Report on vaccination in Madras 1922-1929 - 1922-1929
Year: 1922
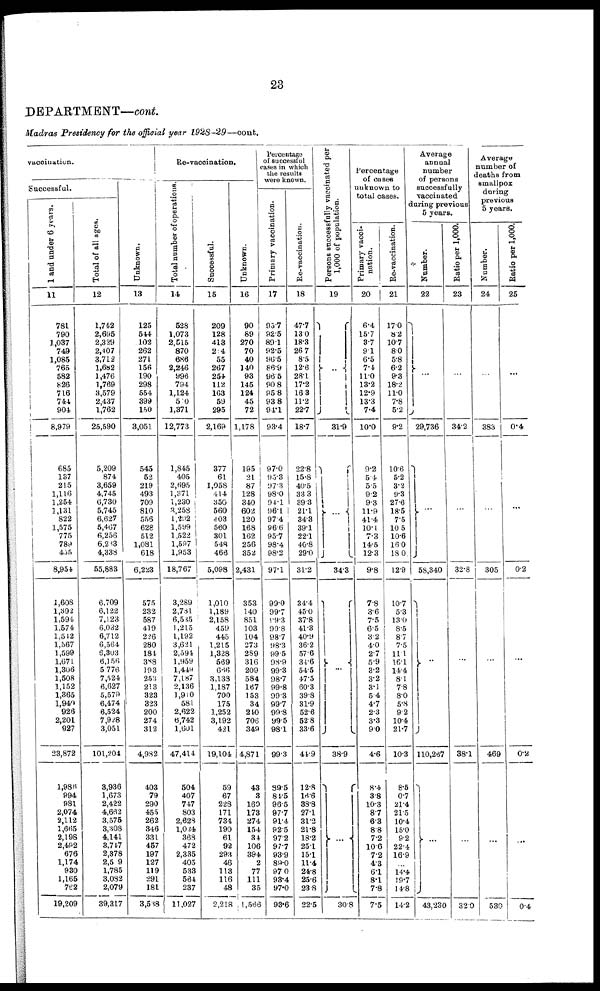
23
DEPARTMENT—cont.
Madras Presidency for the official year 1928-29—cont.
vaccination.
Successful.
1 and under 6 years.
11
781
790
1,037
749
1,085
765
582
826
716
744
904
8,979
685
137
215
1,116
1,254
1,131
822
1,575
775
789
455
8,954
1,608
1,392
1,594
1,574
1,512
1,567
1,599
1,671
1,306
1,508
1,152
1,365
1,940
926
2,201
927
23,872
1,986
994
981
2,074
2,112
1,665
2,198
2,492
676
1,174
930
1,165
762
19,209
Total of all ages.
12
1,742
2,695
2,329
2,407
3,712
l,682
1,476
1,769
3,579
2,437
1,762
25,590
5,209
874
3,659
4,745
6,730
5,745
6,627
5,467
6,256
6,203
4,338
55,883
6,709
6,122
7,123
6,032
6,712
6,564
6,303
6,156
5,776
7,524
6,627
5,579
6,474
6,524
7,928
3,051
101,204
3,936
1,673
2,422
4,662
3,575
3,308
4,141
3,747
2,378
2,509
1,785
3,082
2,079
39,317
Unknown.
13
125
544
102
262
271
156
190
298
554
399
150
3,051
545
52
219
493
709
810
556
628
512
1,081
618
6,223
575
232
587
419
226
280
184
388
193
253
213
323
323
200
274
312
4,982
403
79
290
455
262
346
331
457
197
127
119
291
181
3,508
Re-vaccination.
Total number of operations.
14
528
1,073
2,515
870
686
2,246
996
794
1,124
500
1,371
12,773
1,845
405
2,695
1,371
1,230
3,258
1,292
1,599
1,522
1,597
1,953
18,767
3,289
2,781
6,535
1,215
1,192
3,621
2,594
1,959
1,449
7,187
2,136
1,910
581
2,622
6,742
1,601
47,414
504
407
747
803
2,628
1,024
368
472
2,335
405
533
564
237
11,027
Successful.
15
209
128
413
204
55
267
254
112
163
59
295
2,169
377
61
1,058
414
350
560
403
560
301
548
466
5,098
1,010
1,189
2,158
459
445
1,215
1,328
569
666
3,138
1,187
700
175
1,252
3,192
421
19,104
59
67
228
171
734
190
61
92
293
46
113
116
48
2,218
Unknown.
16
90
89
270
70
40
140
93
145
124
45
72
1,178
195
21
87
128
340
602
120
168
162
256
352
2,431
353
140
851
103
104
273
289
316
209
584
167
153
34
240
706
349
4,871
43
3
160
173
274
154
34
106
394
2
77
111
35
1,566
Percentage
of successful
cases in which
the results
were known.
Primary vaccination.
17
95.7
92.5
89.1
92.5
96.5
86.9
96.5
90.8
95.8
93.8
94.1
93.4
97.0
95.3
97.3
98.0
94.1
96.1
97.4
96.6
95.7
98.4
98.2
97.1
99.0
99.7
99.3
99.8
98.7
98.3
99.5
98.9
99.3
98.7
99.8
99.3
99.7
99.8
99.5
98.1
99.3
89.5
84.5
96.5
97.7
91.4
92.5
97.2
97.7
93.9
89.0
97.0
93.4
97.0
93.6
Re-vaccination.
18
47.7
13.0
18.3
26.7
8.5
12.6
28.1
17.2
16.3
11.2
22.7
18.7
22.8
15.8
40.5
33.3
39.3
21.1
34.3
39.1
22.1
40.8
29.0
31.2
34.4
45.0
37.8
41.3
40.9
36.2
57.6
34.6
54.5
47.5
60.3
39.8
31.9
52.6
52.8
33.6
44.9
12.8
16.6
38.8
27.1
31.2
21.8
18.2
25.1
15.1
11.4
24.8
25.6
23.8
22.5
Persons successfully vaccinated per
1,000 of population.
19
...
31.9
...
34.3
...
38.9
...
30.8
Percentage
of cases
unknown to
total cases.
Primary vacci-
nation.
20
6.4
15.7
8.7
9.1
6.5
7.4
11.0
13.2
12.9
13.3
7.4
10.0
9.2
5.4
5.5
9.2
9.3
11.9
41.4
10.1
7.3
14.5
12.3
9.8
7.8
3.6
7.5
6.5
3.2
4.0
2.7
5.9
3.2
3.2
3.1
5.4
4.7
2.3
3.3
9.0
4.6
8.4
3.8
10.3
8.7
6.3
8.8
7.2
10.6
7.2
4.3
6.1
8.1
7.8
7.5
Re-vaccination.
21
17.0
8.2
10.7
8.0
5.8
6.2
9.3
18.2
11.0
7.8
5.2
9.2
10.6
5.2
3.2
9.3
27.6
18.5
7.5
10.5
10.6
16.0
18.0
12.9
10.7
5.3
13.0
8.5
8.7
7.5
11.1
16.1
14.4
8.1
7.8
8.0
5.8
9.2
10.4
21.7
10.3
8.5
0.7
21.4
21.5
10.4
15.0
9.2
22.4
16.9
...
14.4
19.7
14.8
14.2
Average
annual
number
of persons
successfully
vaccinated
during previous
5 years.
Number.
22
...
29,736
...
58,340
...
110,267
...
43,230
Ratio per 1,000.
23
...
34.2
...
32.8
...
38.1
...
32.0
Average
number of
deaths from
smallpox
during
previous
5 years.
Number.
24
...
383
...
305
...
469
...
530
Ratio per 1,000.
25
...
0.4
...
0.2
...
0.2
...
0.4